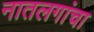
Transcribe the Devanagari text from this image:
नातलगांचा